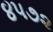
૪૫૭૨